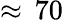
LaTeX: \approx\, 70